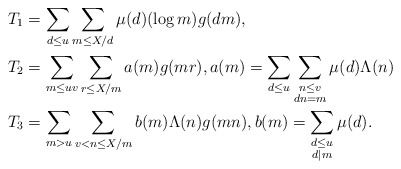
\begin{align*}T_1 &= \sum_{d \leq u} \sum_{m \leq X/d} \mu(d) (\log m) g(dm),\\T_2 &= \sum_{m \leq uv} \sum_{r \leq X/m} a(m) g(mr), a(m) = \sum\limits_{d \leq u} \sum\limits_{\substack{n \leq v \\ dn=m}} \mu(d) \Lambda(n)\\T_3 &= \sum_{m > u} \sum_{v < n \leq X/m} b(m) \Lambda(n) g(mn), b(m) = \sum\limits_{\substack{d \leq u \\ d | m}} \mu(d). \end{align*}